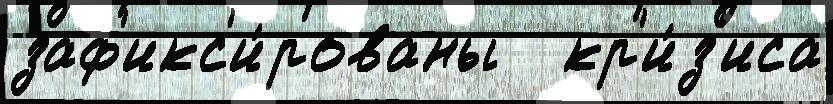
заф'икс'и́рованы   кр'и́з'иса